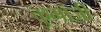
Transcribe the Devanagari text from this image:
कुमांजी